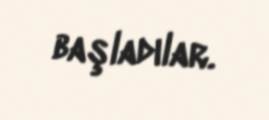
başladılar.